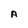
Character: A